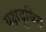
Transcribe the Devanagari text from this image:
यक्षदूषित